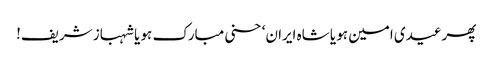
پھرعیدی امین ہو یا شاہ ایران‘ حسنی مبارک ہو یا شہباز شریف!